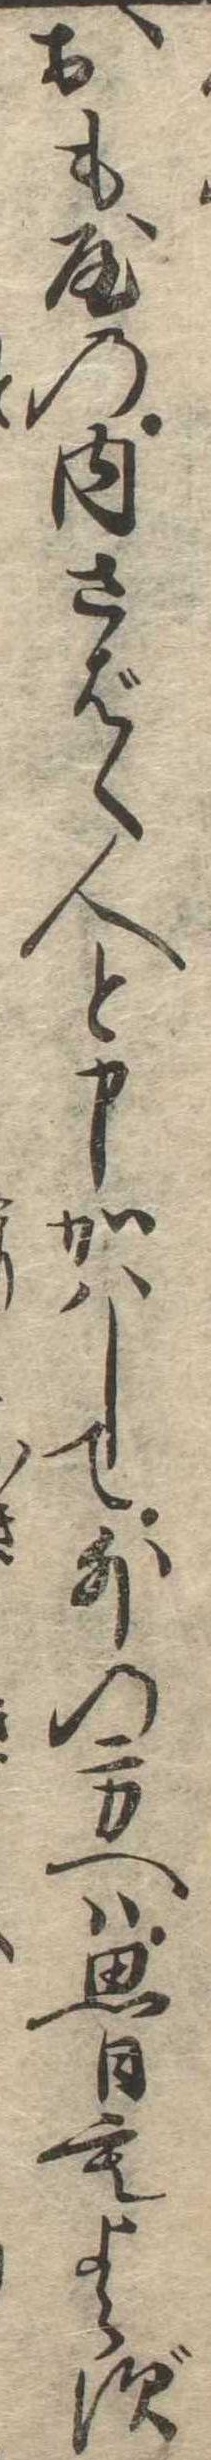
おも屋の内さばく人と申かはして外の方へは思ひもよらず